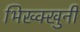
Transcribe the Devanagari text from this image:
भिख्क्खुनी